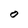
Character: 0